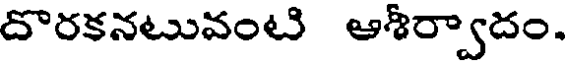
దొరకనటువంటి ఆశీర్వాదం.